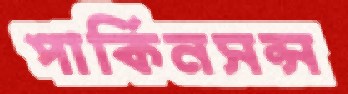
পার্কিনসন্স